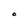
Character: O